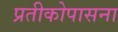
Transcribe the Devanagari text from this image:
प्रतीकोपासना